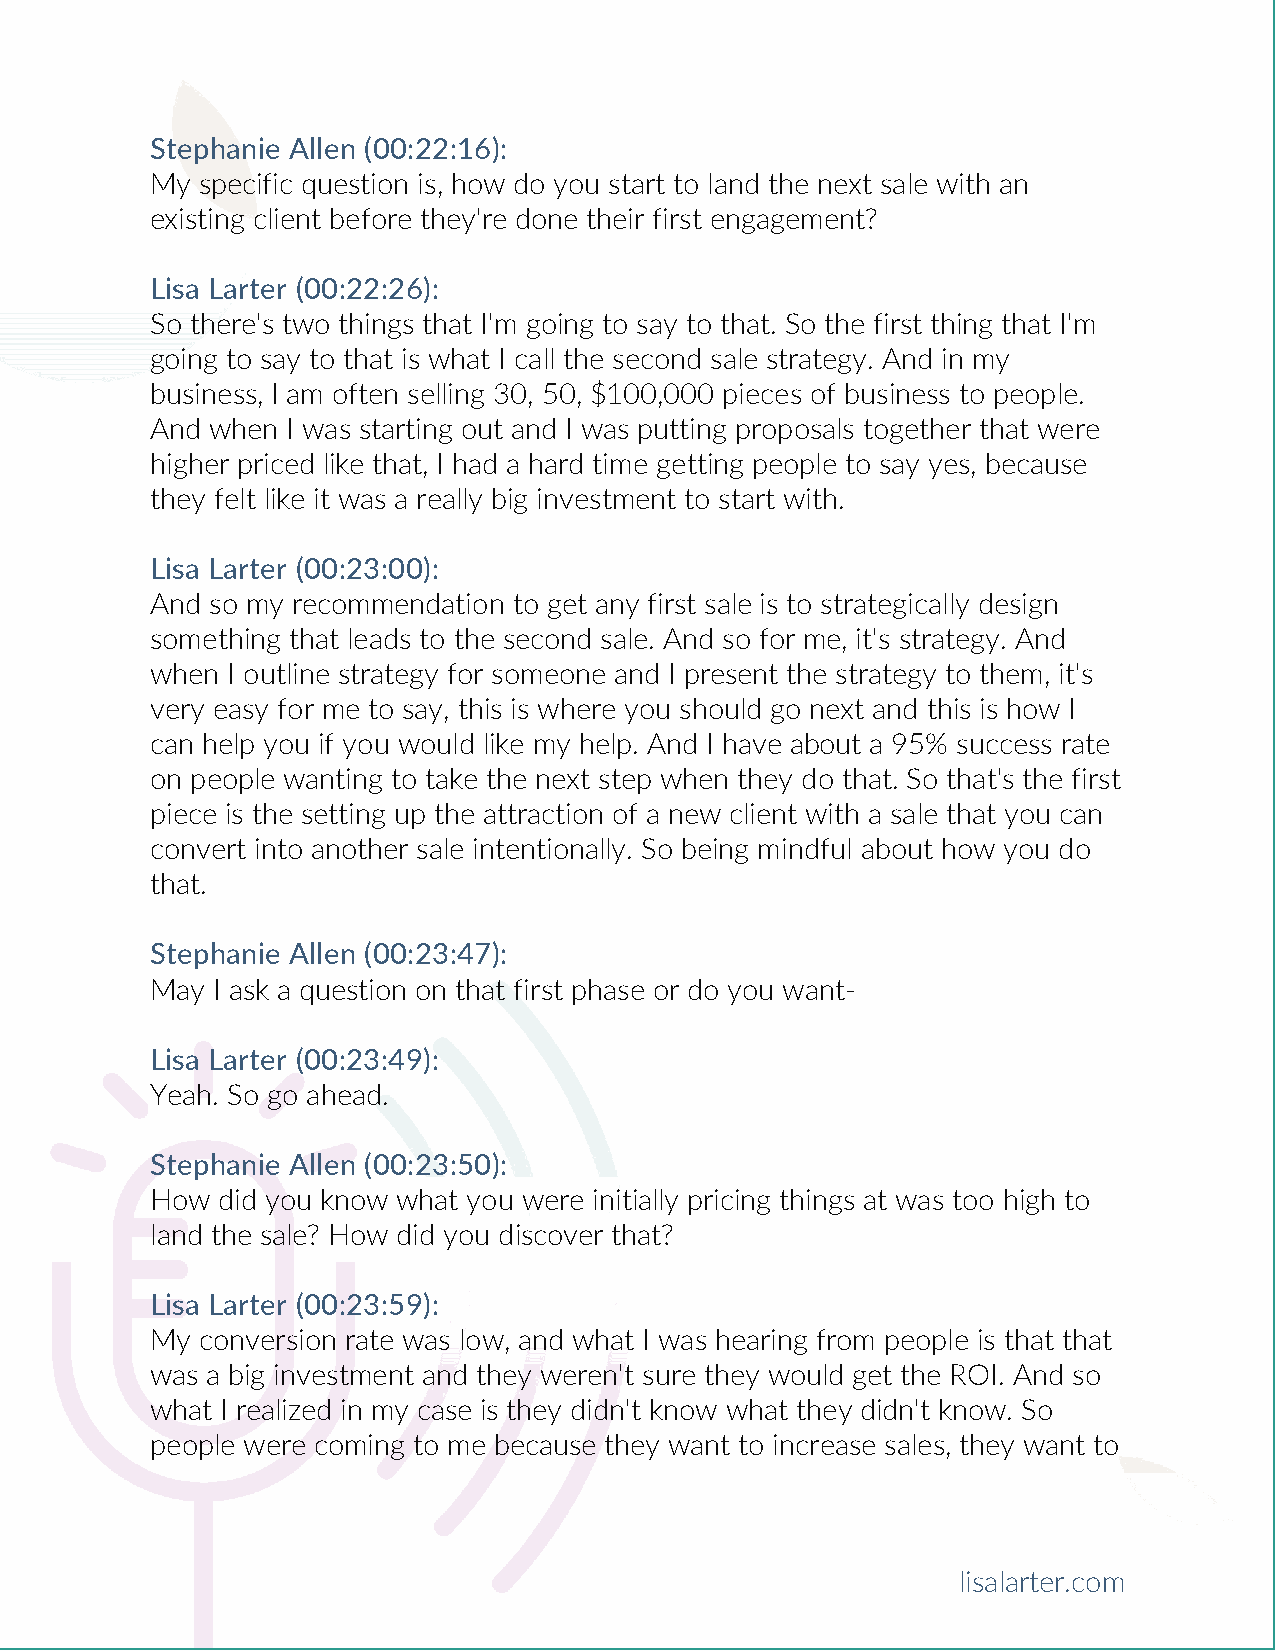
Stephanie Allen (00:22:16):
 My specific question is, how do you start to land the next sale with an
 existing client before they're done their first engagement?
 Lisa Larter (00:22:26):
 So there's two things that I'm going to say to that. So the first thing that I'm
 going to say to that is what I call the second sale strategy. And in my
 business, I am often selling 30, 50, $100,000 pieces of business to people.
 And when I was starting out and I was putting proposals together that were
 higher priced like that, I had a hard time getting people to say yes, because
 they felt like it was a really big investment to start with.
 Lisa Larter (00:23:00):
 And so my recommendation to get any first sale is to strategically design
 something that leads to the second sale. And so for me, it's strategy. And
 when I outline strategy for someone and I present the strategy to them, it's
 very easy for me to say, this is where you should go next and this is how I
 can help you if you would like my help. And I have about a 95% success rate
 on people wanting to take the next step when they do that. So that's the first
 piece is the setting up the attraction of a new client with a sale that you can
 convert into another sale intentionally. So being mindful about how you do
 that.
 Stephanie Allen (00:23:47):
 May I ask a question on that first phase or do you want-
 Lisa Larter (00:23:49):
 Yeah. So go ahead.
 Stephanie Allen (00:23:50):
 How did you know what you were initially pricing things at was too high to
 land the sale? How did you discover that?
 Lisa Larter (00:23:59):
 My conversion rate was low, and what I was hearing from people is that that
 was a big investment and they weren't sure they would get the ROI. And so
 what I realized in my case is they didn't know what they didn't know. So
 people were coming to me because they want to increase sales, they want to
 lisalarter.com